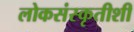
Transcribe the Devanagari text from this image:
लोकसंस्कृतीशी